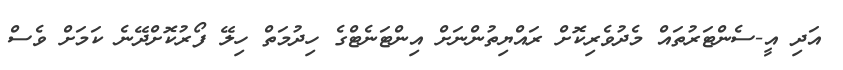
އަދި އީ-ސެންޓަރުތައް މެދުވެރިކޮށް ރައްޔިތުންނަށް އިންޓަނެޓްގެ ހިދުމަތް ހިލޭ ފޯރުކޮށްދޭނެ ކަމަށް ވެސް